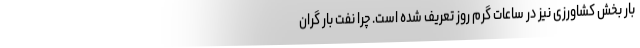
بار بخش کشاورزی نیز در ساعات گرم روز تعریف شده است. چرا نفت بارِ گران